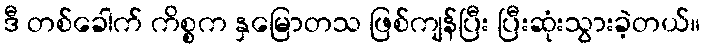
ဒီ တစ်ခေါက် ကိစ္စက နှမြောတသ ဖြစ်ကျန်ပြီး ပြီးဆုံးသွားခဲ့တယ်။